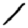
Digit: 1